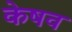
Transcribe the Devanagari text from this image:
केषव